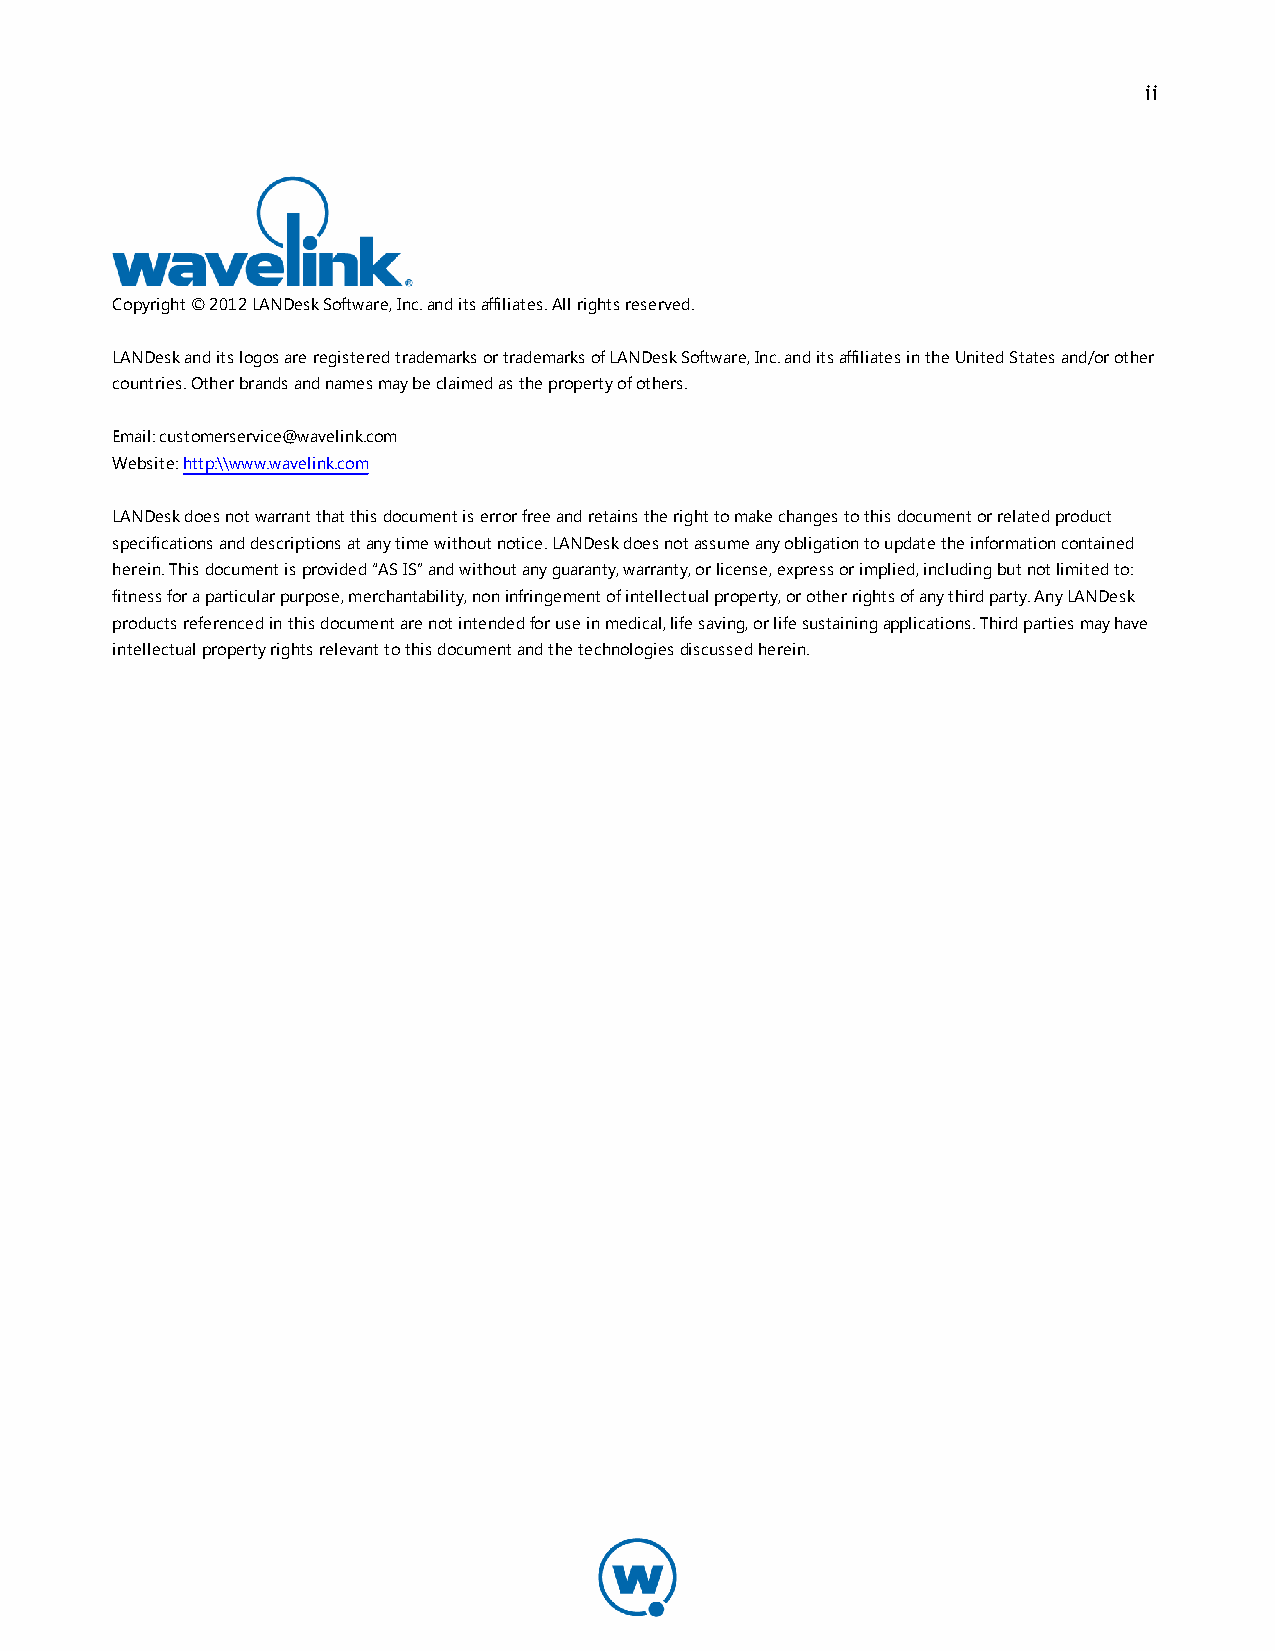
ii
 Copyright © 2012 LANDesk Software, Inc. and its affiliates. All rights reserved.
 LANDesk and its logos are registered trademarks or trademarks of LANDesk Software, Inc. and its affiliates in the United States and/or other
 countries. Other brands and names may be claimed as the property of others.
 Email: customerservice@wavelink.com
 Website: http:\\www.wavelink.com
 LANDesk does not warrant that this document is error free and retains the right to make changes to this document or related product
 specifications and descriptions at any time without notice. LANDesk does not assume any obligation to update the information contained
 herein. This document is provided “AS IS” and without any guaranty, warranty, or license, express or implied, including but not limited to:
 fitness for a particular purpose, merchantability, non infringement of intellectual property, or other rights of any third party. Any LANDesk
 products referenced in this document are not intended for use in medical, life saving, or life sustaining applications. Third parties may have
 intellectual property rights relevant to this document and the technologies discussed herein.